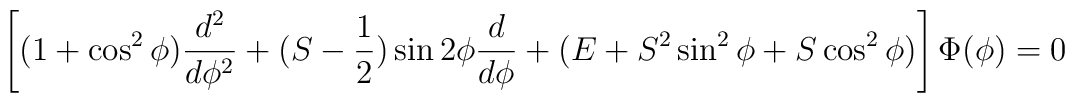
\left[(1+\cos^2\phi)\frac{d^2}{d\phi^2}+(S-\frac{1}{2})\sin 2\phi\frac{d}{d\phi}+(E+S^2\sin^2\phi+S\cos^2\phi)\right]\Phi(\phi) = 0